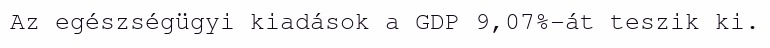
Az egészségügyi kiadások a GDP 9,07%-át teszik ki.